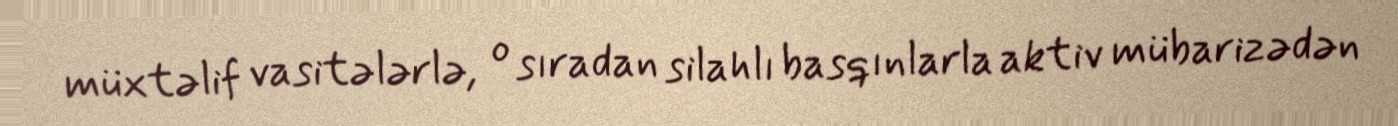
müxtəlif vasitələrlə, o sıradan silahlı basqınlarla aktiv mübarizədən